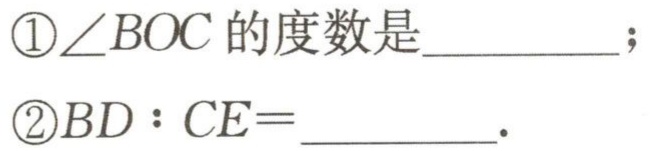
\textcircled{1}$\angle BOC$的度数是  ；
\textcircled{2}$BD:CE = $  .